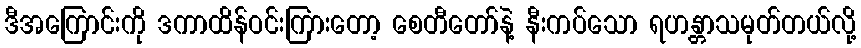
ဒီအကြောင်းကို ဒကာထိန်ဝင်းကြားတော့ စေတီတော်နဲ့ နီးကပ်သော ရဟန္တာသမုတ်တယ်လို့